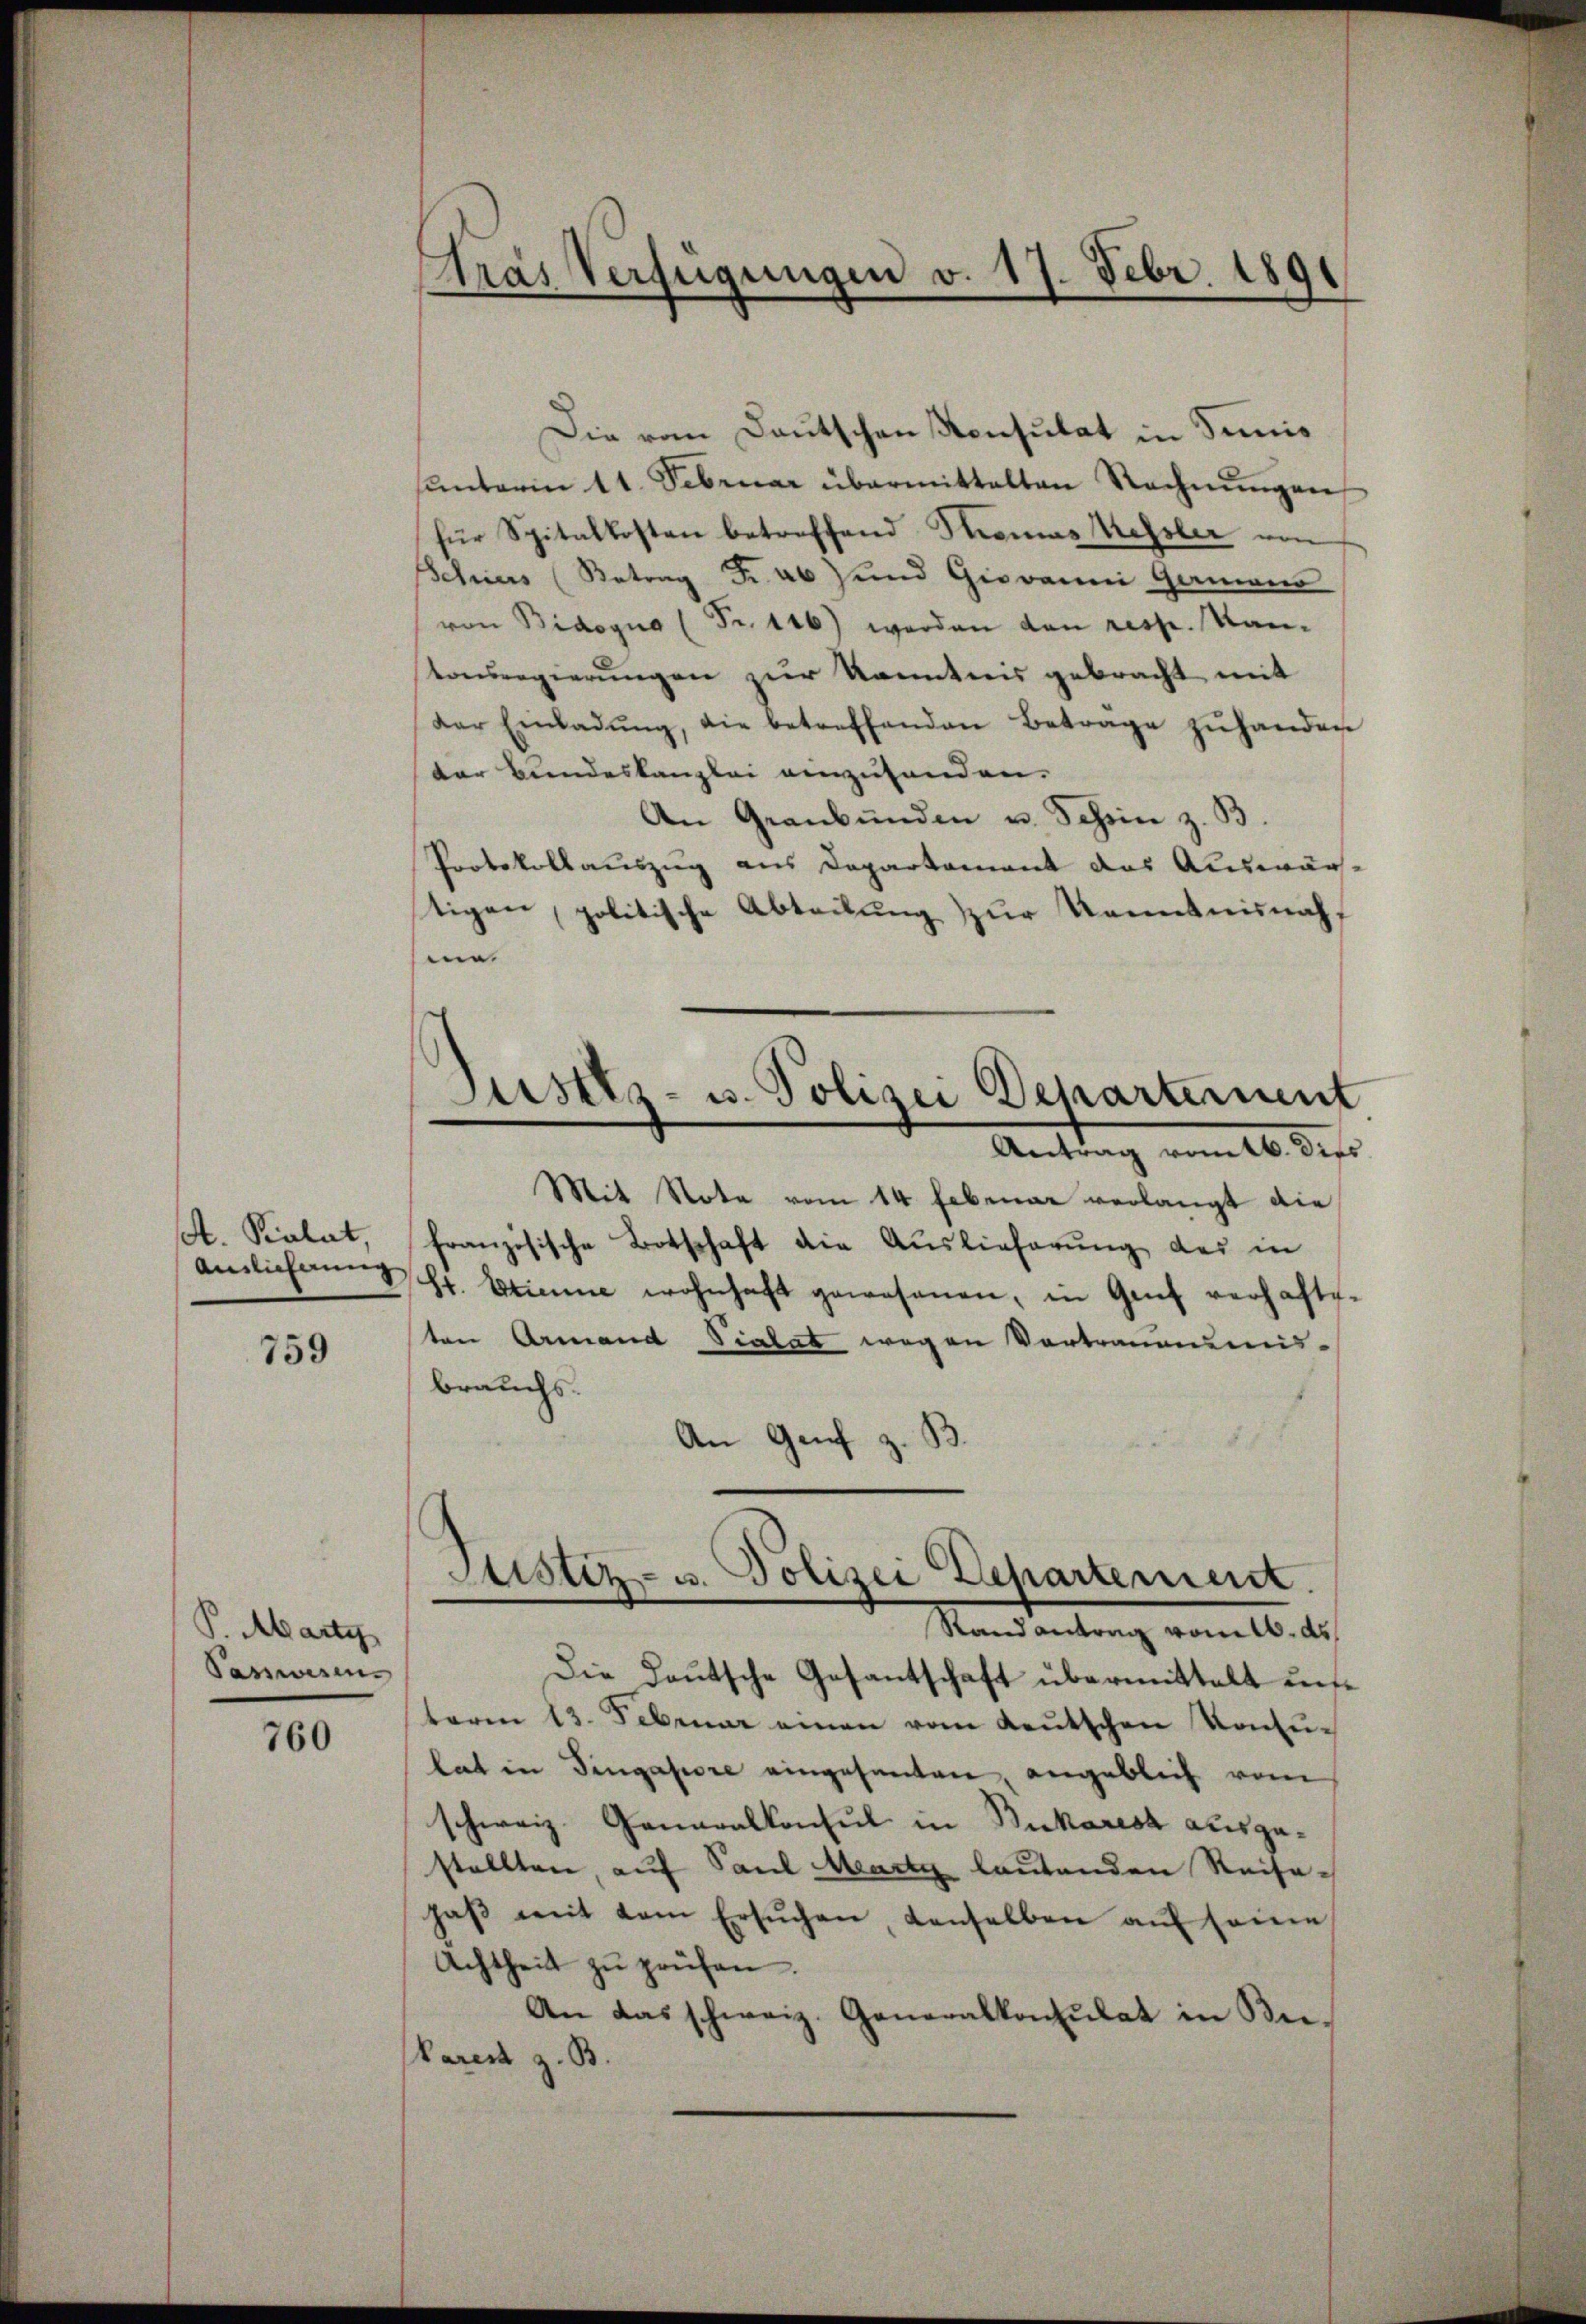
A. Kalat,
Auslicherung

759

P. Marty
Paswesen

760

Pras Verfügungen v. 17. Febr. 1891

Die vom Deutschen Konsulat in Suis
sŭnterin 11. Februar übermittalten Rechnŭngen
für Spitalkosten betreffend Thomas Kessler von
Schiers (Betrag Fr. 46 und Giovanni Gamens
von Bidogus (Fr. 116) werden den resp. Kantonsregierungen zur kanntnis gebracht mit
der Einladŭng, die betreffenden Betrage zŭ handen
der Bundeskanzlei anzuhanden.
An Graubünden u. Schein z. B.
Protokollauszug aus Departement das Auswärtigen, politische Abteilung zur Kenntnisnah
i
Justiz- u. Polizei Departernent
Antrag vomtb. dies
Mit Note vom 14. Februar verlangt die
französische Botschaft die Auslieferung des in
Sr. Etieme wohnhaft gewesenen, in Genf verhafts-
ten Armand Vialat wegen Vortraumens-
brauchs.
An Genf z. B.

Justiz- u. Polizei Departement.
Rand antrag vom 16. ds.
Die Deutsche Gesantschaft übermittelt un

term 13. Februar einen vom deŭtschen Konsulat in Singasore eingesanten, angeblich vom
schweiz. Generalkonsul in Bukarest ausgestellten auf Paul Marty lautenden Reisehaβ mit dem ersŭchen, denselben aŭf seine
Achtheit zŭ prüfen.
An das schweiz. Generalkonsulat in Be-
Parent z. B.